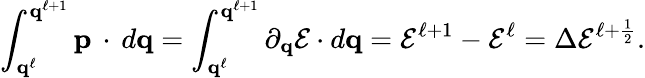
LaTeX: \int_{\mathbf{q}^{\ell}}^{\mathbf{q}^{\ell+1}}\mathbf{p}\, \cdot\, d\mathbf{q}=\int_{\mathbf{q}^{\ell}}^{\mathbf{q}^{\ell+1}}\partial_{\mathbf{q}}\mathcal{E}\cdot d\mathbf{q}=\mathcal{E}^{\ell+1}-\mathcal{E}^{\ell}=\Delta\mathcal{E}^{\ell+\frac{1}{2}}.